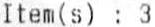
ITEM(S) : 3